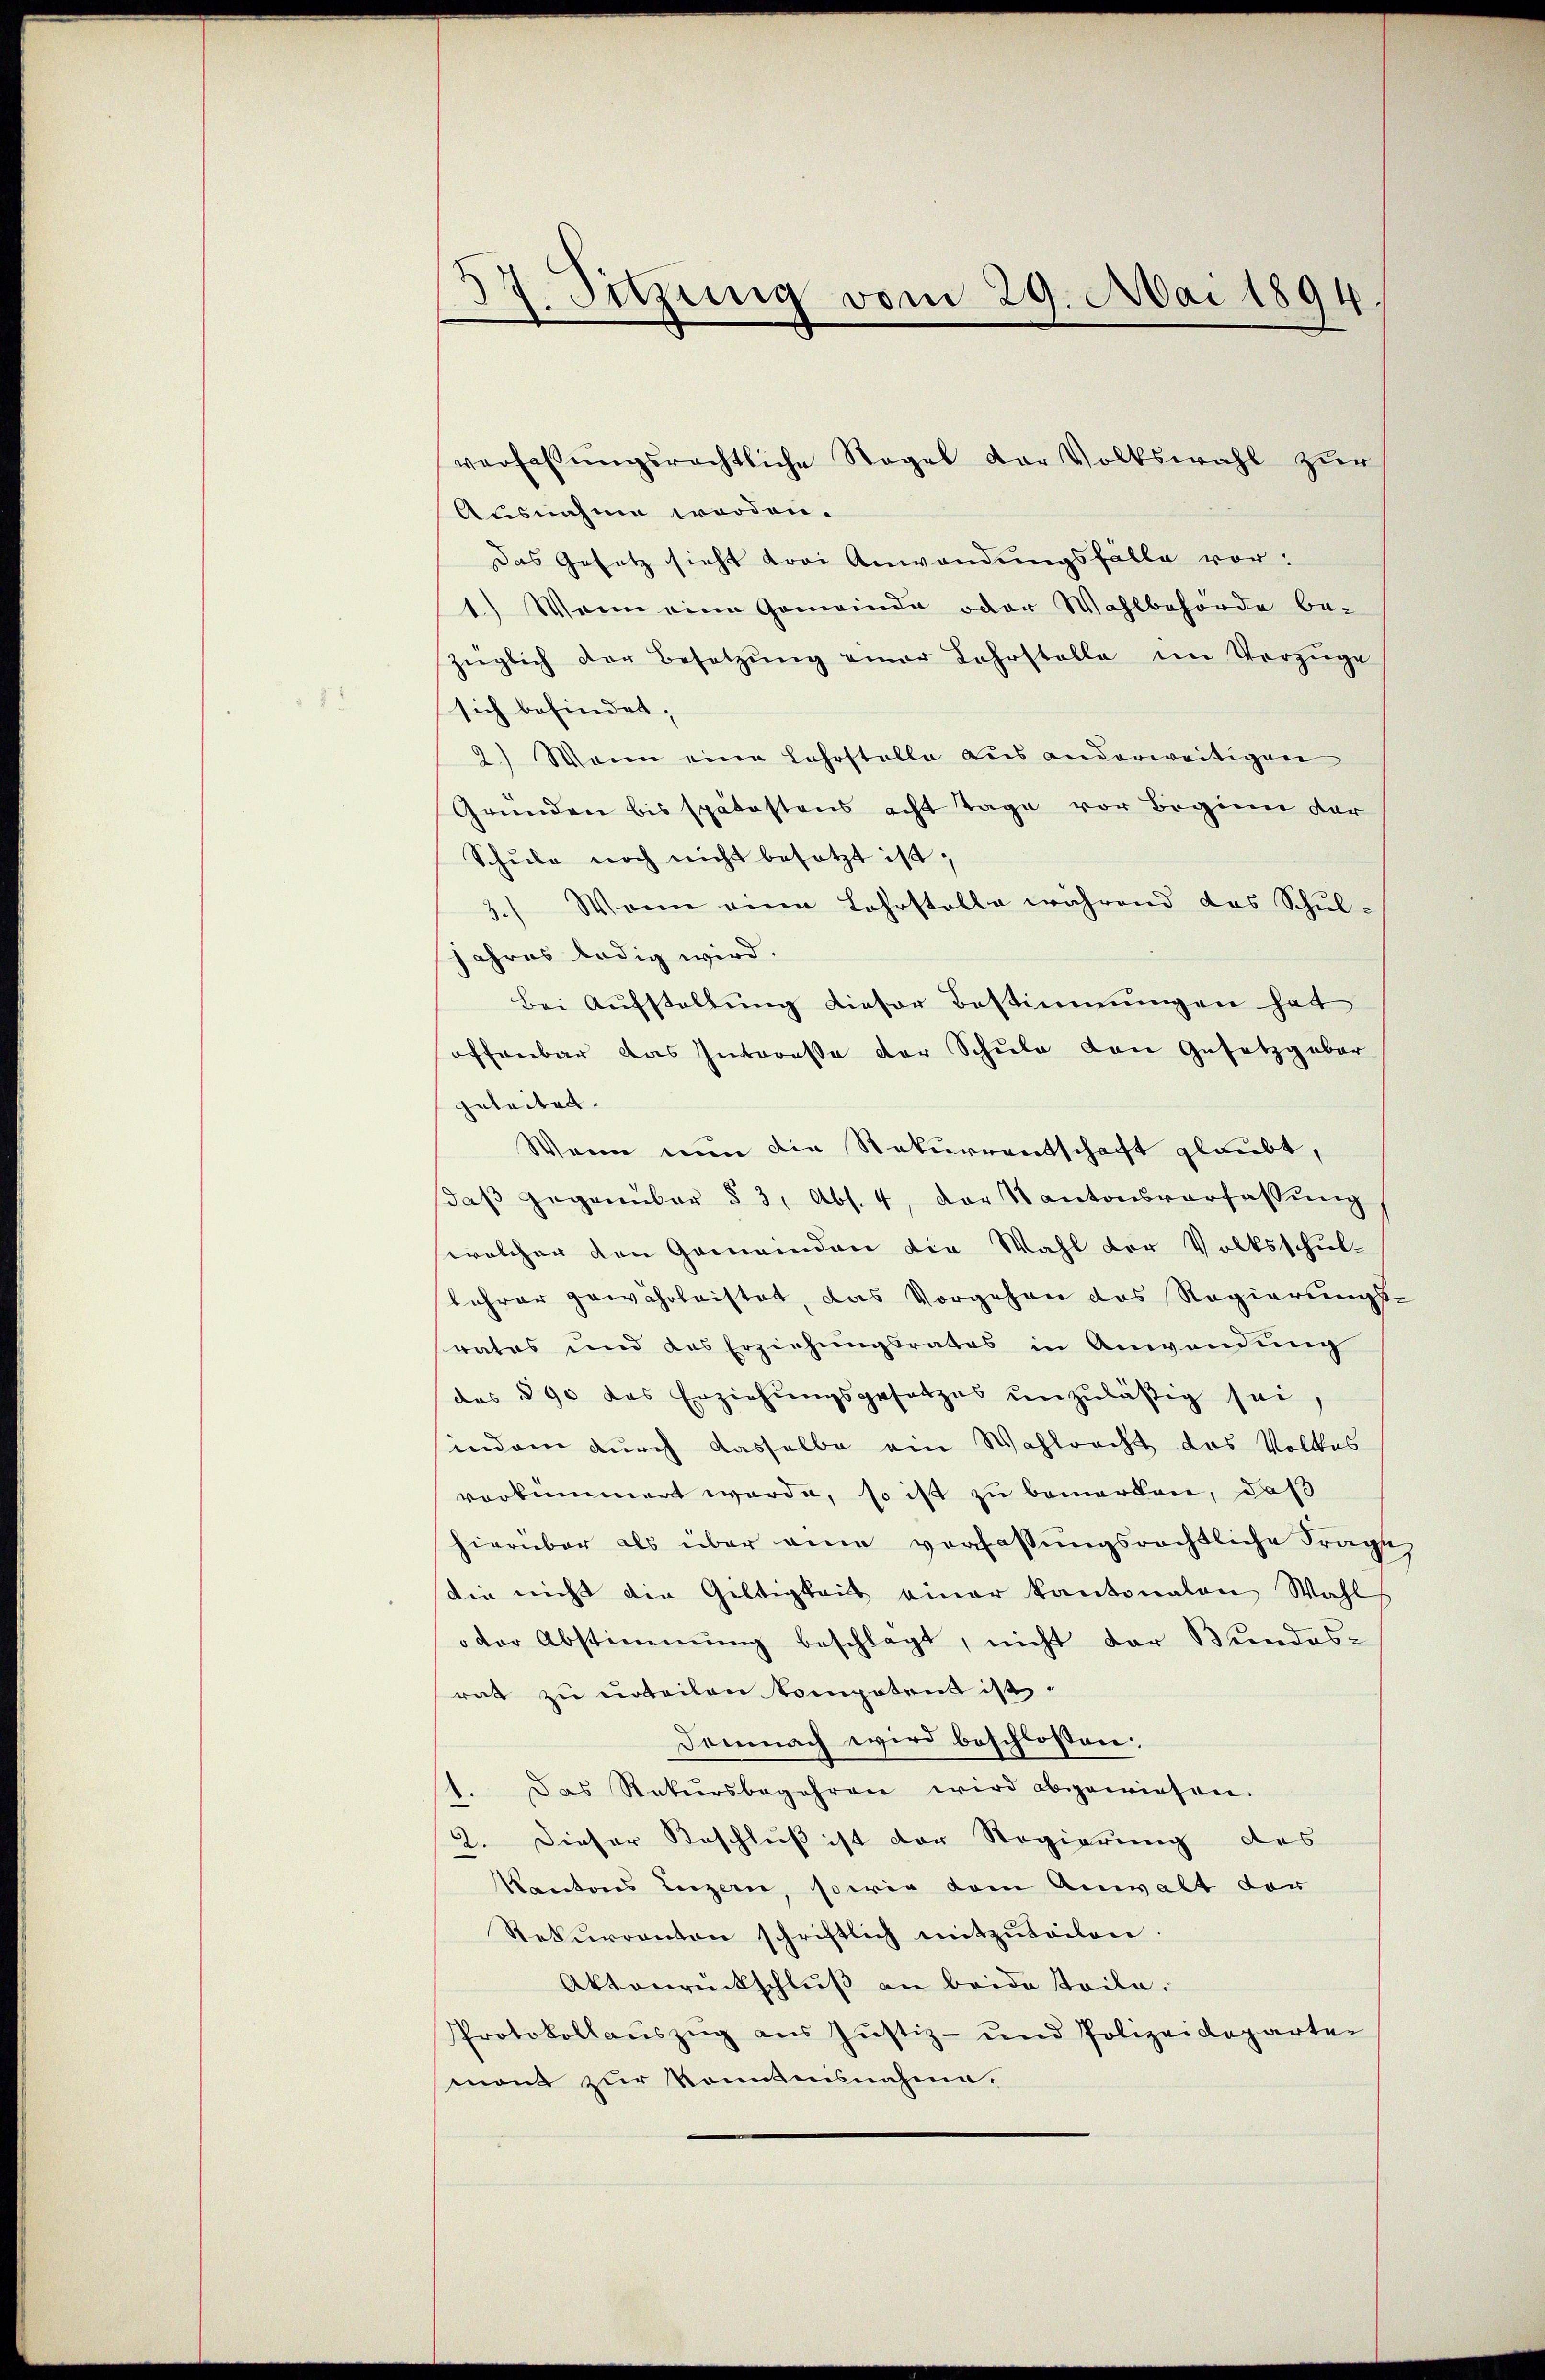
17. Sitzung vom 29. Mai 1894

verfassungsrechtliche Regel der Volkswahl zur
Ausnahme worden.
Das Gesetz sieht drei Anwendungsfälle vor:
1) Wenn eine Gemeinde oder Wahlbehörde be-
züglich der Besetzŭng einer Lehrstelle im Vorzüge
sich befindet,
2) Wenn eine Lehrstelle aus anderweitigen
Gründen bis spätestens acht Tage vor Beginn der
Schŭle noch nicht besetzt ist,
3.) Wenn eine Lehrstelle während das Schul-
Jahres ledig wird.
Bei Aufstellung dieser Bestimmungen hat
offenbar das Interesse der Schule den Gesetzgeber
geleitet.
Wenn nun die Rekurrentschaft glaubt,
daβ gegenüber § 3, Abs. 4, der Kantonsverfassŭng
welcher den Gemeinden die Wahl der Volksschul-
lehrer gewährleistet, das Vorgehen das Regierungsrates und das Erziehŭngsrates in Anwendŭng
das 390 das Erziehŭngsgesetzes unzuläßig sei.
indem durch dasselbe ein Wahlrecht das Volkes
verkümmert werde, so ist zu bemerken, daß
hierüber als über eine verfassungsrechtliche Frage
die nicht die Gültigkeits einer Kantonalen Wahl
oder Abstimmung beschlagt, nicht der Bundesrat zu urteilen kompetent ist.
Demnach wird beschlossen:
Das Rekursbegehren wird abgewiesen.
.
2. Dieser Beschluß ist der Regierung des
Kantons Luzern, sowie dem Anwalt der
Rekurrenten schriftlich mitzŭteilen.
Aktenrückschluß an beide steile.
Protokollaŭszŭg aŭs Jŭstiz- und Polizeideparten
mont zur konntesnahme.